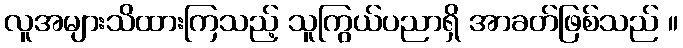
လူအများသိထားကြသည့် သူကြွယ်ပညာရှိ အာခတ်ဖြစ်သည် ။